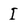
Character: I